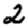
Digit: 2